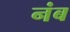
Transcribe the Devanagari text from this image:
नंब